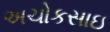
અચોકસાઇ